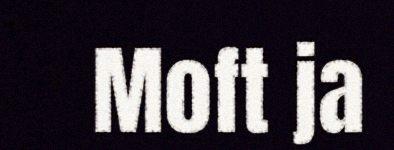
Moft ja